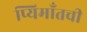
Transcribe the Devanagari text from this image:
प्यिमाँतची